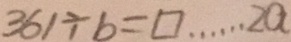
3 6 1 \div b = \square \cdots 2 a